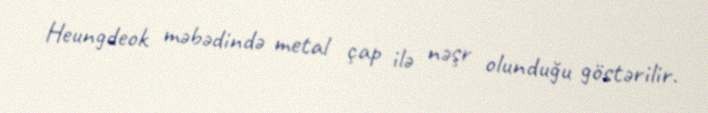
Heungdeok məbədində metal çap ilə nəşr olunduğu göstərilir.